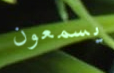
يسمعون